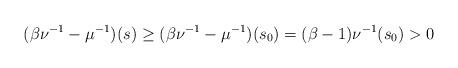
LaTeX: \begin{align*}(\beta \nu^{-1} - \mu^{-1})(s) \geq (\beta \nu^{-1} - \mu^{-1})(s_0) = (\beta - 1)\nu^{-1}(s_0) > 0\end{align*}